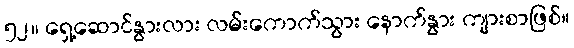
၅၂။ ရှေ့ဆောင်နွားလား လမ်းကောက်သွား နောက်နွား ကျားစာဖြစ်။